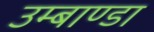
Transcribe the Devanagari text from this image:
उम्बाण्डा